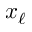
x _ { \ell }